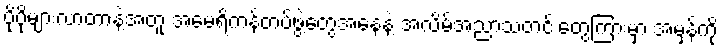
ပိုပိုများလာတာနဲ့အတူ အမေရိကန်တပ်ဖွဲ့တွေအနေနဲ့ အလိမ်အညာသတင်းတွေကြားမှာ အမှန်ကို